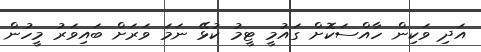
އަދި ވަކިން ހާއްސަކޮށް ގައުމީ ޓީމު ކުޅޭ ނަމަ ވަރަށް ބައިވަރު މީހުން